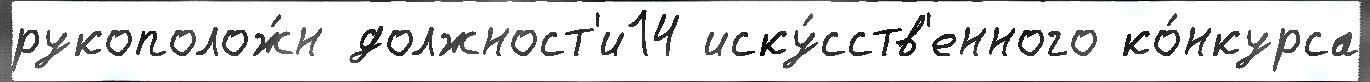
рукополож́н должност'и14 иску́сств'енного ко́нкурса